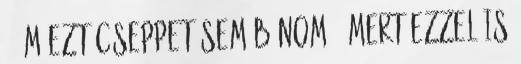
- ám ezt cseppet sem bánom. .Mert ezzel is